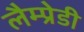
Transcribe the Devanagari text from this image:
लैम्प्रेडी